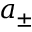
a _ { \pm }